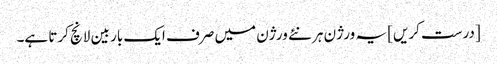
[درست کریں] یہ ورژن ہر نئے ورژن میں صرف ایک بار بین لانچ کرتا ہے۔